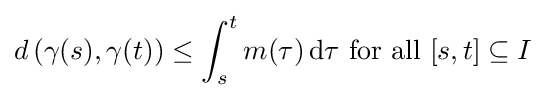
d\left(\gamma (s),\gamma (t)\right)\leq \int _{s}^{t}m(\tau )\,\mathrm {d} \tau {\mbox{ for all }}[s,t]\subseteq I